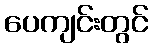
ပေကျင်းတွင်